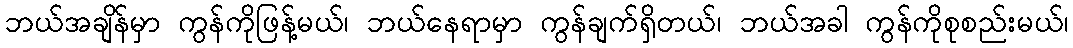
ဘယ်အချိန်မှာ ကွန်ကိုဖြန့်မယ်၊ ဘယ်နေရာမှာ ကွန်ချက်ရှိတယ်၊ ဘယ်အခါ ကွန်ကိုစုစည်းမယ်၊